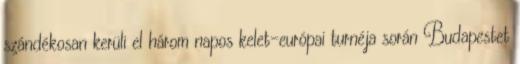
szándékosan kerüli el három napos kelet-európai turnéja során Budapestet